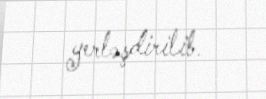
yerləşdirilib.